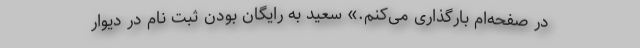
در صفحه‌ام بارگذاری می‌کنم.» سعید به رایگان بودن ثبت نام در دیوار